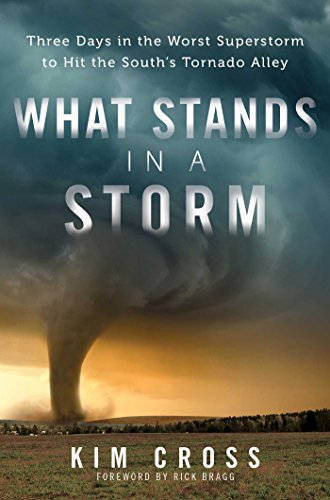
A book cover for What Stands in a Storm: Three Days in the Worst Superstorm to Hit the South's Tornado Alley; Kim Cross; Science & Math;